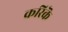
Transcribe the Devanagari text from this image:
करिकॆ